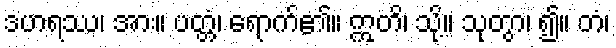
ဒဟရဿ၊ အား။ ပတ္တံ၊ ရောက်၏။ ဣတိ၊ သို့။ သုတွာ၊ ၍။ တံ၊